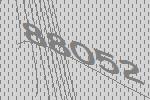
88052